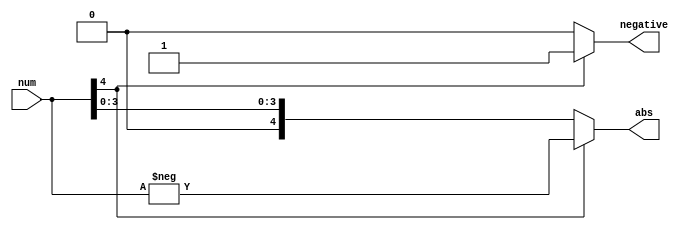
module twoComp(
    input [4:0]num, 
	 output reg[4:0]abs, 
	 output reg negative);
	 
	 always @(*) begin
	     if (num[4] == 1'b1) begin
		     abs = -num;
			  negative = 1'b1;
		end else begin
		     abs = num;
			  negative = 1'b0;
		end
	end
endmodule